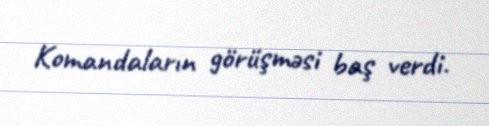
Komandaların görüşməsi baş verdi.